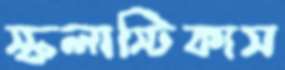
স্কলাস্টিকাস